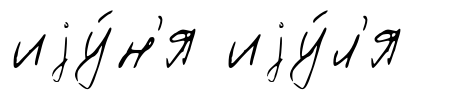
иjу́н'я иjу́л'я